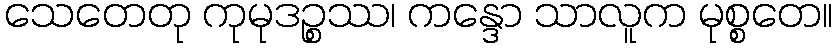
သေတေတု ကုမုဒဉ္စဿ၊ ကန္ဒော သာလူက မုစ္စတေ။